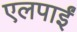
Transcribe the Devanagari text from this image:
एलपाईं